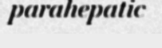
parahepatic